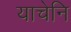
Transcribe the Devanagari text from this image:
याचेनि